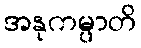
အနုကမ္ပာတိ